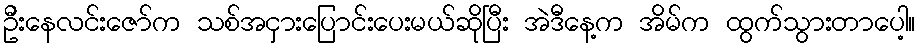
ဦးနေလင်းဇော်က သစ်အငှားပြောင်းပေးမယ်ဆိုပြီး အဲဒီနေ့က အိမ်က ထွက်သွားတာပေါ့။